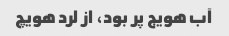
آب هویج پر بود، از لرد هویچ